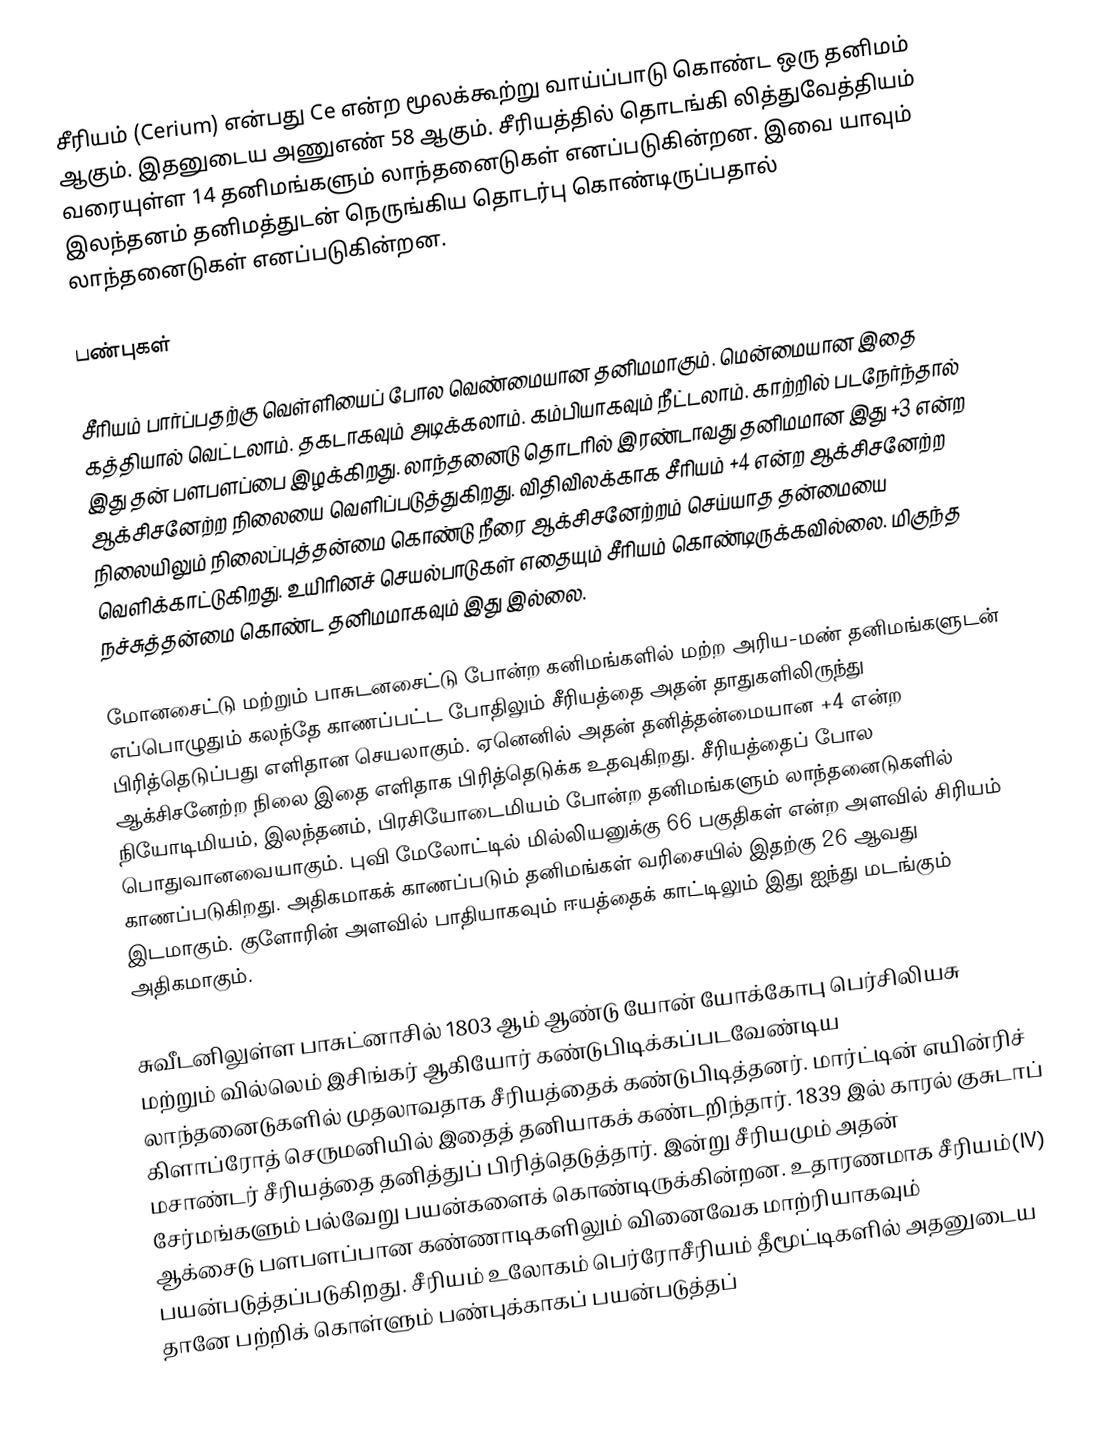
சீரியம் (Cerium) என்பது Ce என்ற மூலக்கூற்று வாய்ப்பாடு கொண்ட ஒரு தனிமம் ஆகும். இதனுடைய அணுஎண் 58 ஆகும். சீரியத்தில் தொடங்கி லித்துவேத்தியம் வரையுள்ள 14 தனிமங்களும் லாந்தனைடுகள் எனப்படுகின்றன. இவை யாவும் இலந்தனம் தனிமத்துடன் நெருங்கிய தொடர்பு கொண்டிருப்பதால் லாந்தனைடுகள் எனப்படுகின்றன.

பண்புகள்

சீரியம் பார்ப்பதற்கு வெள்ளியைப் போல வெண்மையான தனிமமாகும். மென்மையான இதை கத்தியால் வெட்டலாம். தகடாகவும் அடிக்கலாம். கம்பியாகவும் நீட்டலாம். காற்றில் படநேர்ந்தால் இது தன் பளபளப்பை இழக்கிறது. லாந்தனைடு தொடரில் இரண்டாவது தனிமமான இது +3 என்ற ஆக்சிசனேற்ற நிலையை வெளிப்படுத்துகிறது. விதிவிலக்காக சீரியம் +4  என்ற ஆக்சிசனேற்ற நிலையிலும் நிலைப்புத்தன்மை கொண்டு நீரை ஆக்சிசனேற்றம் செய்யாத தன்மையை வெளிக்காட்டுகிறது. உயிரினச் செயல்பாடுகள் எதையும் சீரியம் கொண்டிருக்கவில்லை. மிகுந்த நச்சுத்தன்மை கொண்ட தனிமமாகவும் இது இல்லை.

மோனசைட்டு மற்றும் பாசுடனசைட்டு  போன்ற கனிமங்களில் மற்ற அரிய-மண் தனிமங்களுடன்  எப்பொழுதும் கலந்தே காணப்பட்ட போதிலும் சீரியத்தை அதன் தாதுகளிலிருந்து பிரித்தெடுப்பது  எளிதான செயலாகும். ஏனெனில் அதன் தனித்தன்மையான +4 என்ற ஆக்சிசனேற்ற நிலை இதை எளிதாக பிரித்தெடுக்க உதவுகிறது. சீரியத்தைப் போல நியோடிமியம், இலந்தனம், பிரசியோடைமியம் போன்ற தனிமங்களும் லாந்தனைடுகளில் பொதுவானவையாகும். புவி மேலோட்டில் மில்லியனுக்கு 66 பகுதிகள் என்ற அளவில் சிரியம் காணப்படுகிறது.  அதிகமாகக் காணப்படும் தனிமங்கள் வரிசையில் இதற்கு 26 ஆவது இடமாகும். குளோரின் அளவில் பாதியாகவும் ஈயத்தைக் காட்டிலும் இது ஐந்து மடங்கும் அதிகமாகும்.

சுவீடனிலுள்ள பாசுட்னாசில் 1803 ஆம் ஆண்டு யோன் யோக்கோபு பெர்சிலியசு மற்றும் வில்லெம் இசிங்கர் ஆகியோர் கண்டுபிடிக்கப்படவேண்டிய லாந்தனைடுகளில் முதலாவதாக சீரியத்தைக் கண்டுபிடித்தனர். மார்ட்டின் எயின்ரிச் கிளாப்ரோத் செருமனியில் இதைத் தனியாகக் கண்டறிந்தார். 1839 இல் காரல் குசுடாப் மசாண்டர் சீரியத்தை தனித்துப் பிரித்தெடுத்தார். இன்று சீரியமும் அதன் சேர்மங்களும் பல்வேறு பயன்களைக் கொண்டிருக்கின்றன. உதாரணமாக சீரியம்(IV) ஆக்சைடு பளபளப்பான கண்ணாடிகளிலும்  வினைவேக மாற்ரியாகவும் பயன்படுத்தப்படுகிறது. சீரியம் உலோகம் பெர்ரோசீரியம் தீமூட்டிகளில் அதனுடைய தானே பற்றிக் கொள்ளும் பண்புக்காகப் பயன்படுத்தப்